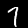
Digit: 7